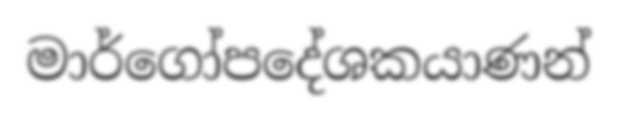
මාර්ගෝපදේශකයාණන්